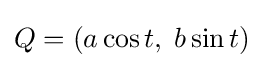
Q=(a\cos t,\;b\sin t)